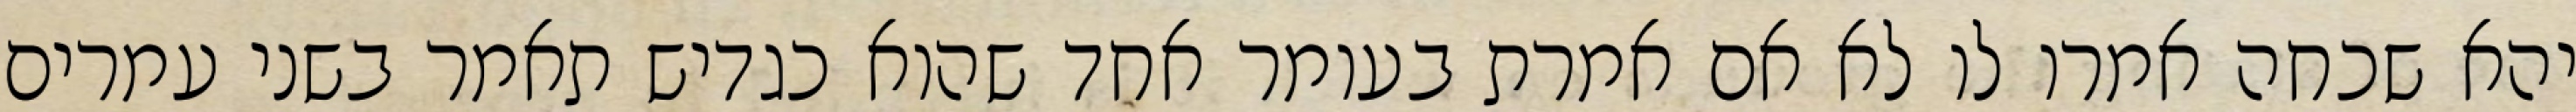
יהא שכחה אמרו לו לא אם אמרת בעומר אחד שהוא כגדיש תאמר בשני עמרים